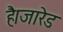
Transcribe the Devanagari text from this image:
है।जारेड